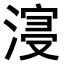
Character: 𣹦